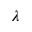
\lambda